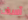
آسف